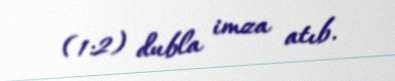
(1:2) dubla imza atıb.